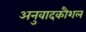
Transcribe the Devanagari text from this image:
अनुवादकौशल